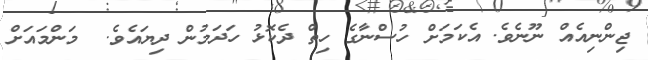
ޖިންނިއެއް ނޫނެވެ. އެކަމަށް ހުސްނާގެ ހިތް ދެކޮޅު ހަދަމުން ދިޔައެވެ.  މަންމައަށް